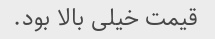
قیمت خیلی بالا بود.